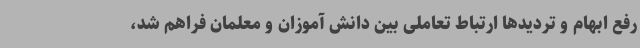
رفع ابهام و تردیدها ارتباط تعاملی بین دانش آموزان و معلمان فراهم شد،